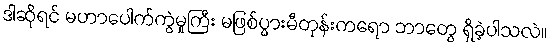
ဒါဆိုရင် မဟာပေါက်ကွဲမှုကြီး မဖြစ်ပွားမီတုန်းကရော ဘာတွေ ရှိခဲ့ပါသလဲ။